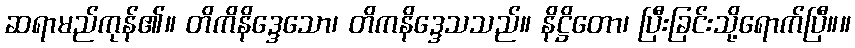
ဆရာမည်ကုန်၏။ တိကိနိဒ္ဒေသော၊ တိကနိဒ္ဒေသသည်။ နိဋ္ဌိတော၊ ပြီးခြင်းသို့ရောက်ပြီ။။